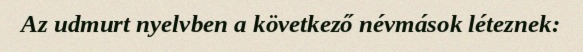
Az udmurt nyelvben a következő névmások léteznek: